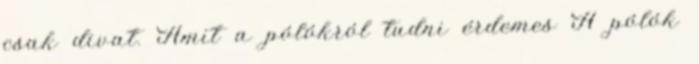
csak divat. Amit a pólókról tudni érdemes A pólók